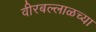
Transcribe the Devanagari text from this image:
वीरबल्लाळच्या